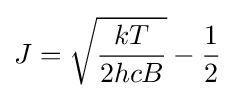
J={\sqrt {\frac {kT}{2hcB}}}-{\frac {1}{2}}